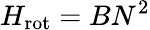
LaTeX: H_{\mathrm{rot}}=BN^{2}